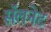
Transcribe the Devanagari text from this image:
सॅलनेट